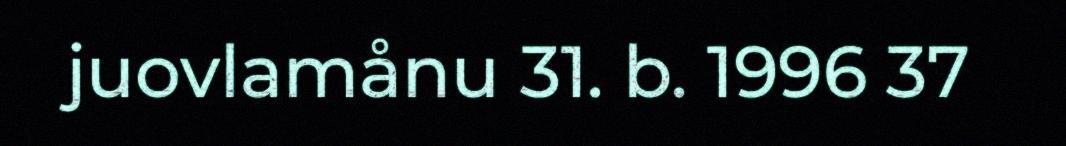
juovlamånu 31. b. 1996 37